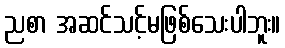
ညစာ အဆင်သင့်မဖြစ်သေးပါဘူး။